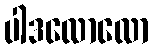
ပါဒလောလော